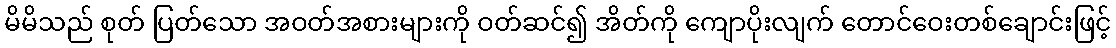
မိမိသည် စုတ် ပြတ်သော အဝတ်အစားများကို ဝတ်ဆင်၍ အိတ်ကို ကျောပိုးလျက် တောင်ဝေးတစ်ချောင်းဖြင့်